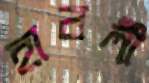
হাবলী